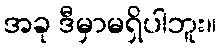
အခု ဒီမှာမရှိပါဘူး။